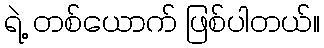
ရဲ့ တစ်ယောက် ဖြစ်ပါတယ်။